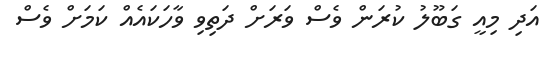
އަދި މިއީ ގަބޫލު ކުރަން ވެސް ވަރަށް ދަތިވި ވާހަކައެއް ކަމަށް ވެސް